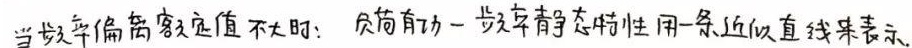
当频率偏离额定值不大时：负荷有功 - 频率静态特性用一条近似直线来表示。